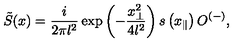
\tilde { S } ( x ) = \frac { i } { 2 \pi l ^ { 2 } } \exp \left( - \frac { x _ { \perp } ^ { 2 } } { 4 l ^ { 2 } } \right) s \left( x _ { \parallel } \right) O ^ { ( - ) } ,